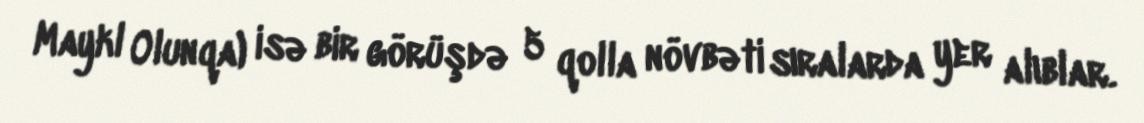
Maykl Olunqa) isə bir görüşdə 5 qolla növbəti sıralarda yer alıblar.